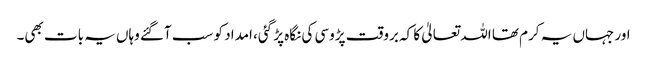
اور جہاں یہ کرم تھا اللہ تعالیٰ کا کہ بروقت پڑوسی کی نگاہ پڑ گئی، امداد کو سب آگئے وہاں یہ بات بھی۔